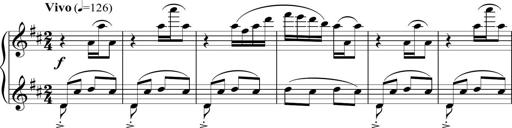
Title: Sonatina del HuÃ©car
Composer: JosÃ© Miguel Moreno Sabio